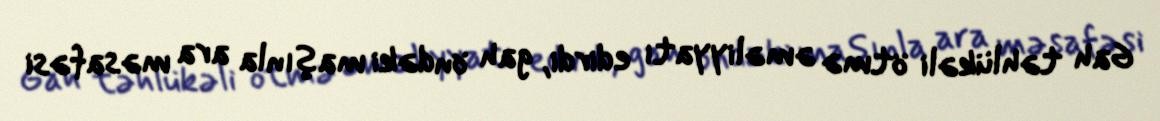
Gah təhlükəli ötmə əməliyyatı edirdi, gah öndəki maşınla ara məsafəsi